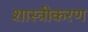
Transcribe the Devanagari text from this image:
शास्त्रीकरण